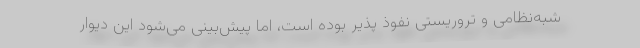
شبه‌نظامی و تروریستی نفوذ پذیر بوده است، اما پیش‌بینی می‌شود این دیوار